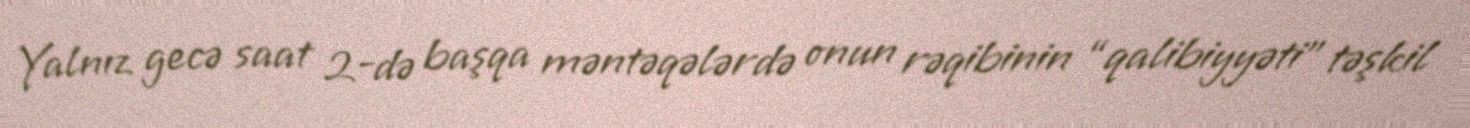
Yalnız gecə saat 2-də başqa məntəqələrdə onun rəqibinin “qalibiyyəti” təşkil